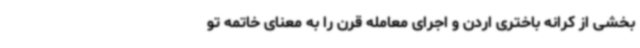
بخشی از کرانه باختری اردن و اجرای معامله قرن را به معنای خاتمه تو